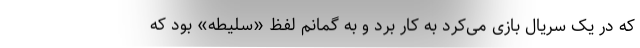
که در یک سریال بازی می‌کرد به کار برد و به گمانم لفظ «سلیطه» بود که